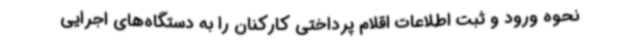
نحوه ورود و ثبت اطلاعات اقلام پرداختی کارکنان را به دستگاه‌های اجرایی